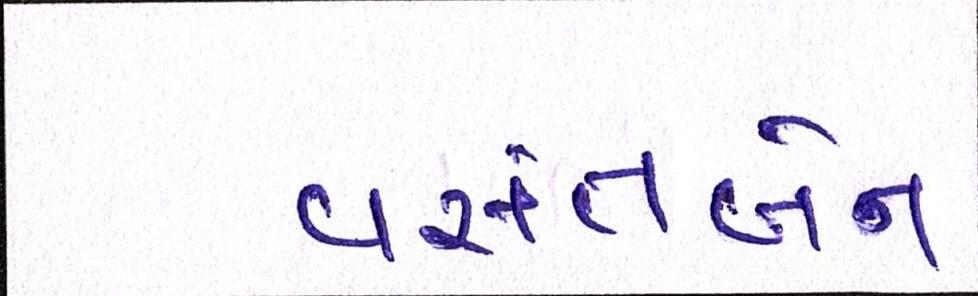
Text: વસંતબેન